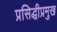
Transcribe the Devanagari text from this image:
प्रसिद्धीप्रमुख